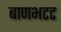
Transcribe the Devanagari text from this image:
बाणभटट